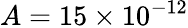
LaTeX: A=15\times 10^{-12}